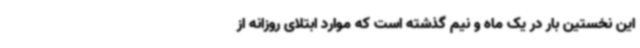
این نخستین بار در یک ماه و نیم گذشته است که موارد ابتلای روزانه از